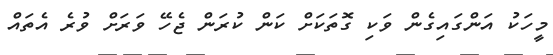
މީހަކު އަންގައިގެން ވަކި ގޮތަކަށް ކަން ކުރަން ޖެހޭ ވަރަށް ވުރެ އެތައް